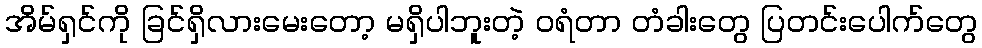
အိမ်ရှင်ကို ခြင်ရှိလားမေးတော့ မရှိပါဘူးတဲ့ ဝရံတာ တံခါးတွေ ပြတင်းပေါက်တွေ